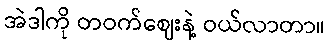
အဲဒါကို တဝက်ဈေးနဲ့ ဝယ်လာတာ။